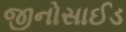
જીનોસાઈડ